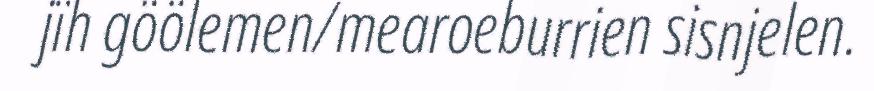
jïh göölemen/mearoeburrien sisnjelen.